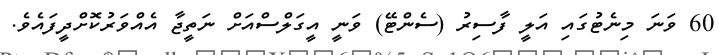
60 ވަނަ މިނެޓުގައި އަލީ ފާސިރު (ސެންޓޭ) ވަނީ އީގަލްސްއަށް ނަތީޖާ އެއްވަރުކޮށްދީފައެވެ.